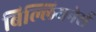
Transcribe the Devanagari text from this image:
बिल्लियनेर्स